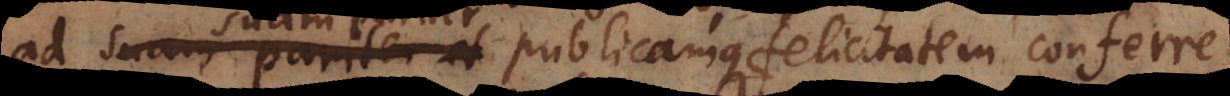
ad suam pariter publicamque felicitatem conferre